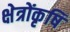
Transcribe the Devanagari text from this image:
क्षेत्रोंकृषि